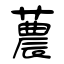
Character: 蕽